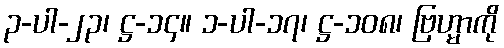
၃-ပါ-၂၃၊ ဋ္ဌ-၁၄။ ၁-ပါ-၁၇၊ ဋ္ဌ-၁၀၈၊ ဗြဟ္မာကို